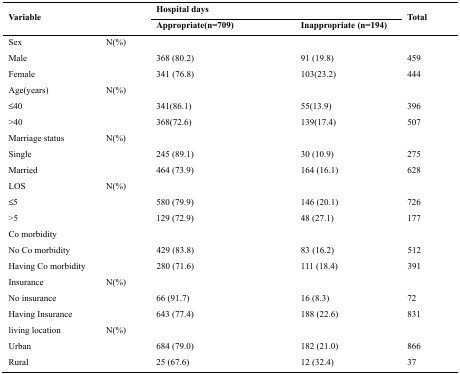
<table><thead><tr><td rowspan="3" colspan="2"><b>Variable</b></td><td colspan="2"><b>Hospital days</b></td><td rowspan="3"><b>Total</b></td></tr><tr><td><b>Appropriate(n=709)</b></td><td><b>Inappropriate (n=194)</b></td></tr></thead><tbody><tr><td>Sex</td><td>N(%)</td><td></td><td></td><td></td></tr><tr><td>Male</td><td></td><td>368 (80.2)</td><td>91 (19.8)</td><td>459</td></tr><tr><td>Female</td><td></td><td>341 (76.8)</td><td>103(23.2)</td><td>444</td></tr><tr><td>Age(years)</td><td>N(%)</td><td></td><td></td><td></td></tr><tr><td>≤40</td><td></td><td>341(86.1)</td><td>55(13.9)</td><td>396</td></tr><tr><td>&gt;40</td><td></td><td>368(72.6)</td><td>139(17.4)</td><td>507</td></tr><tr><td>Marriage status</td><td>N(%)</td><td></td><td></td><td></td></tr><tr><td>Single</td><td></td><td>245 (89.1)</td><td>30 (10.9)</td><td>275</td></tr><tr><td>Married</td><td></td><td>464 (73.9)</td><td>164 (16.1)</td><td>628</td></tr><tr><td>LOS</td><td>N(%)</td><td></td><td></td><td></td></tr><tr><td>≤5</td><td></td><td>580 (79.9)</td><td>146 (20.1)</td><td>726</td></tr><tr><td>&gt;5</td><td></td><td>129 (72.9)</td><td>48 (27.1)</td><td>177</td></tr><tr><td>Co morbidity</td><td></td><td></td><td></td><td></td></tr><tr><td>No Co morbidity</td><td></td><td>429 (83.8)</td><td>83 (16.2)</td><td>512</td></tr><tr><td>Having Co morbidity</td><td></td><td>280 (71.6)</td><td>111 (18.4)</td><td>391</td></tr><tr><td>Insurance</td><td>N(%)</td><td></td><td></td><td></td></tr><tr><td>No insurance</td><td></td><td>66 (91.7)</td><td>16 (8.3)</td><td>72</td></tr><tr><td>Having Insurance</td><td></td><td>643 (77.4)</td><td>188 (22.6)</td><td>831</td></tr><tr><td>living location</td><td>N(%)</td><td></td><td></td><td></td></tr><tr><td>Urban</td><td></td><td>684 (79.0)</td><td>182 (21.0)</td><td>866</td></tr><tr><td>Rural</td><td></td><td>25 (67.6)</td><td>12 (32.4)</td><td>37</td></tr></tbody></table>